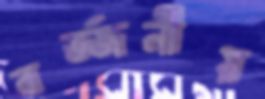
বর্জ্জনীয়